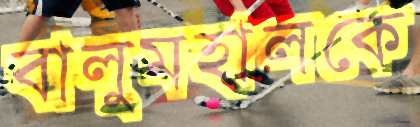
বালুমহালকে